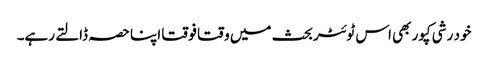
خود رشی کپور بھی اس ٹوئٹر بحث میں وقتا فوقتا اپنا حصہ ڈالتے رہے۔